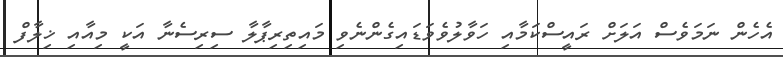
އެހެން ނަމަވެސް އަލަށް ރައީސްކަމާއި ހަވާލުވެވަޑައިގެންނެވި މައިތިރިޕާލާ ސިރިސެނާ އަކީ މިއާއި ޚިލާފް